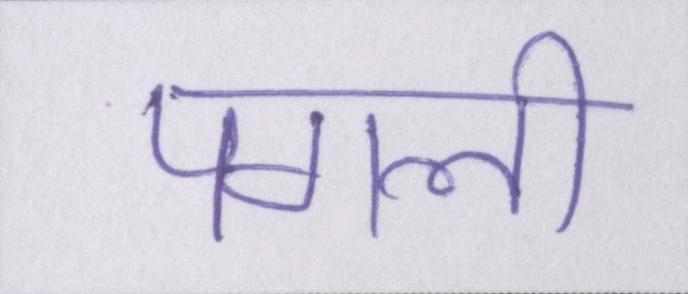
पगली